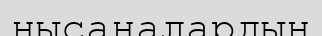
нысаналардың